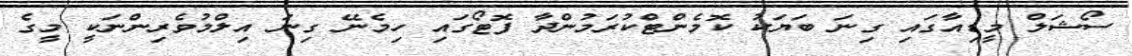
ސޯޝަލް މީޑިއާގައި ގިނަ ބަޔަކު ކޮމެންޓްކުރަމުންދާ ފޮޓޯގައި ހިމެނޭ ގިނަ އިލްމުވެރިންނަކީ މީގެ